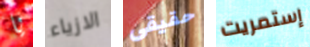
يا الازياء حقيقى إستمريت